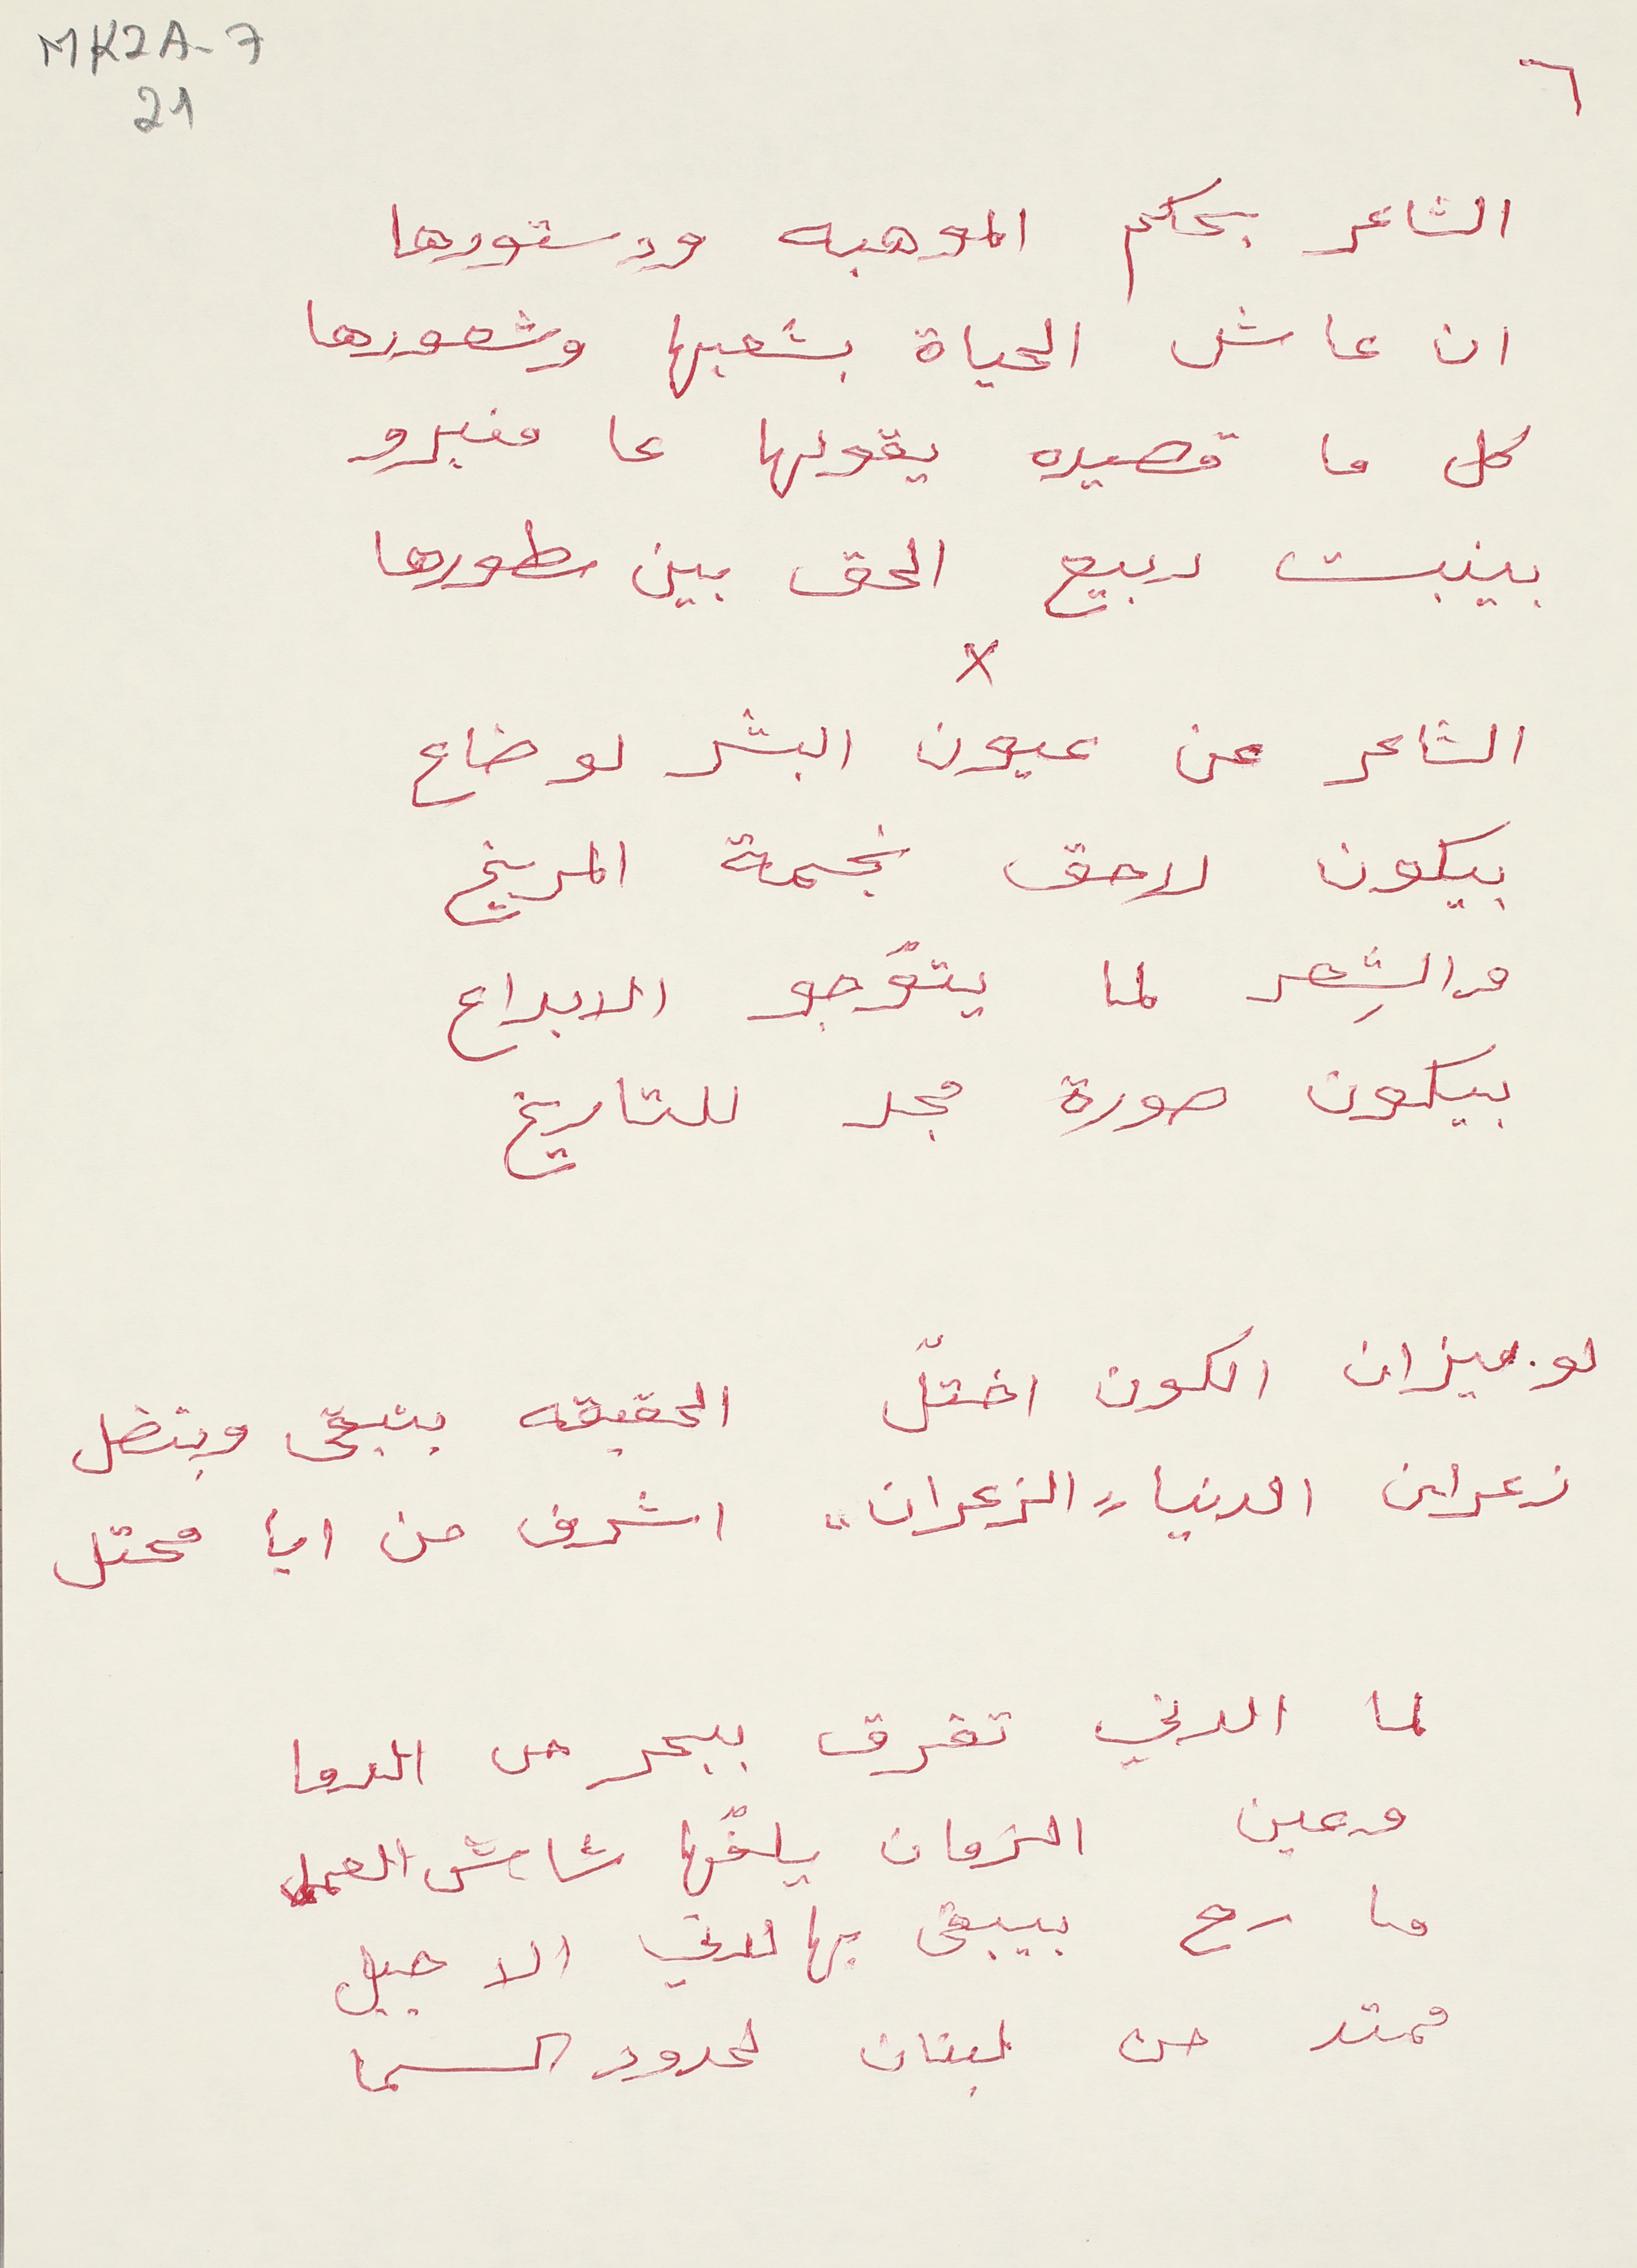
MK2A7 21
الشاعر بحكم الموهبه ودستورها
ان عاش الحياة بشعبها وشعورها
كل ما قصيده يقولها ما منبرو
بينبت ربيع الحق بين سطورها
الشاعر عن عيون البشر لو ضاع
بيكون لاحق نجمة المريخ
والشِعر لما يتوجو الابداع
بيكون صورة مجد للتاريخ
لو ميزان الكون اختلّ الحقيقه بتبقى وبتضل
زعران الدنيا "الزعران" اشرف من ايا محتل
لما الدني تغرق ببحر من الدما
وعين الزمان يلفّها شاش العمل
ما رح بيبقى بهالدني الا جبل
ممتد من لبنان لحدود السما
٦